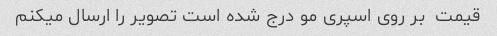
قیمت  بر روی اسپری مو درج شده است تصویر را ارسال میکنم